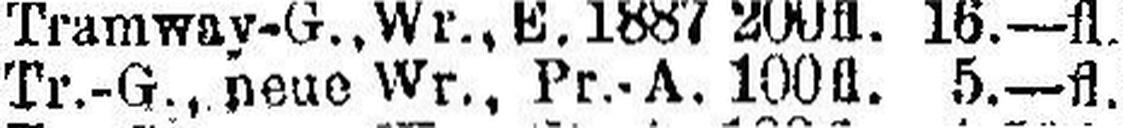
Tr.-G., neue Wr., Pr.-A. 100fl. 5.—fl.